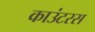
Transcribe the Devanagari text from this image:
काउंटरस